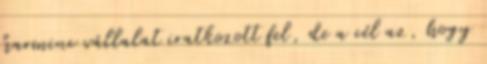
harminc vállalat iratkozott fel, de a cél az, hogy